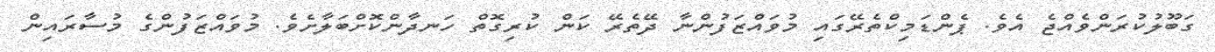
ގަބޫލުކުރަންވެއްޖެ އެވެ. ޕެންޑަމިކްތެރޭގައި މުވައްޒަފުންނާ ދޭތެރޭ ކަން ކުރިގޮތް ހަނދާންކޮށްބަލާށެވެ. މުވައްޒަފުންގެ މުސާރައިން